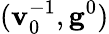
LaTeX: (\mathbf{v}_{0}^{-1},\mathbf{g}^{0})